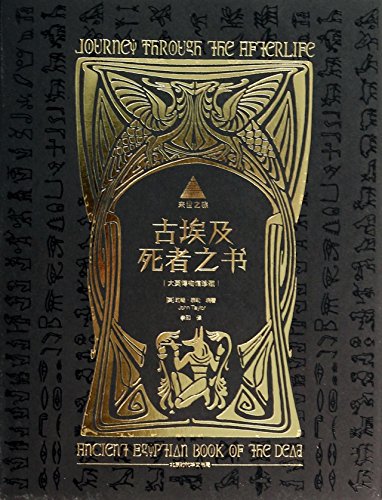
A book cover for Afterlife Tour: Ancient Egyptian Book of the Dead(Chinese Edition); [ YING ] YUE HAN TAI LE; Religion & Spirituality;